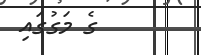
ގެ މަގުގައި